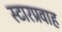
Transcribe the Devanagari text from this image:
स्टारप्रवाह